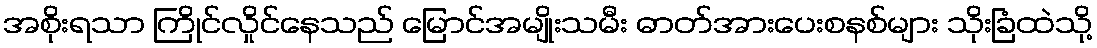
အစိုးရသာ ကြိုင်လှိုင်နေသည် မြောင်အမျိုးသမီး ဓာတ်အားပေးစနစ်များ သိုးခြံထဲသို့